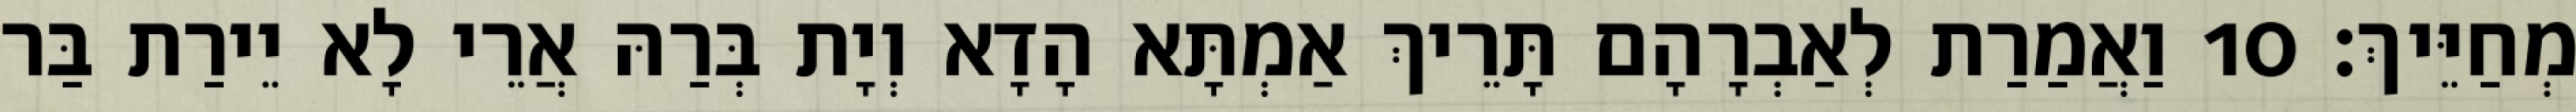
מְחַיֵּיךְ׃ 10 וַאֲמַרַת לְאַבְרָהָם תָּרֵיךְ אַמְתָּא הָדָא וְיָת בְּרַהּ אֲרֵי לָא יֵירַת בַּר